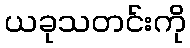
ယခုသတင်းကို